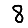
Digit: 8